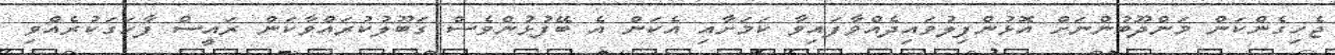
ޖެހިގެންކަން މަންދޫބުންނަށް އޮޅުންފިލުވައިދެއްވާފައިވާ ކަމަށާއި އެކަން އެ ބޭފުޅުންވެސް ގަބޫލުކުރައްވާކަން ރައީސް ފާހަގަކުރެއްވި